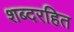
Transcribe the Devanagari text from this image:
शब्दरहित